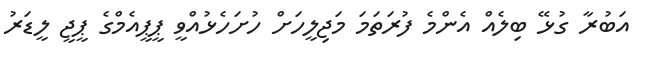
އަބުރާ ގުޅޭ ބިލެއް އެންމެ ފުރަތަމަ މަޖިލީހަށް ހުށަހެޅުއްވީ ޕީޕީއެމްގެ ޕީޖީ ލީޑަރު